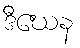
ဒီဃေန